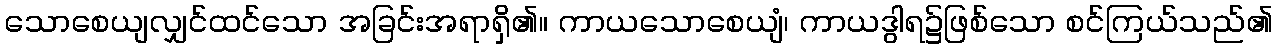
သောစေယျလျှင်ထင်သော အခြင်းအရာရှိ၏။ ကာယသောစေယျံ၊ ကာယဒွါရ၌ဖြစ်သော စင်ကြယ်သည်၏